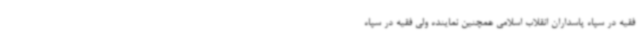
فقیه در سپاه پاسداران انقلاب اسلامی همچنین نماینده ولی فقیه در سپاه